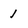
Character: 1